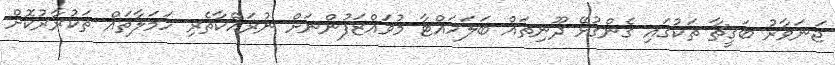
ޖަނަވާރު ބަގީޗާ ތަކުގައި ގެންގުޅޭ ދޫނިތައް ބަލަހައްޓާ މުވައްޒަފުންނަށް ނުރައްކާތެރި ހަމަލާތައް ތަކުރާރުކޮށް